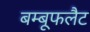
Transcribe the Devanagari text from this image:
बम्बूफलैट